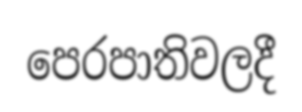
පෙරපාතිවලදී